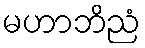
မဟာဘိညံ